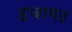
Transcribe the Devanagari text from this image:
इचागढ